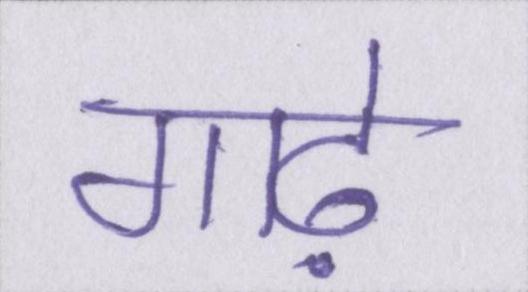
गाढ़े